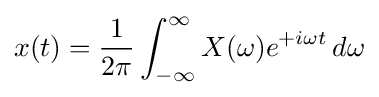
x(t)={\frac {1}{2\pi }}\int _{-\infty }^{\infty }X(\omega )e^{+i\omega t}\,d\omega